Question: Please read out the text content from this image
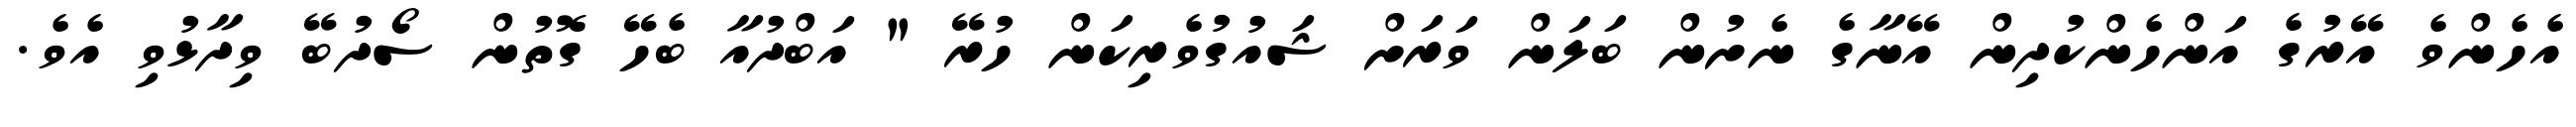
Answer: އެހެންވެ އޭރުގެ އަންހެންކުދިން އޭނާގެ ނެށުން ބަލަން ވަރަށް ޝައުގުވެރިކަން ހުރޭ " އަބްދުއާ ބެހޭ ގޮތުން ސޯދުބޭ ވިދާޅުވި އެވެ.